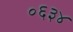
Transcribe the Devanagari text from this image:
०६३४